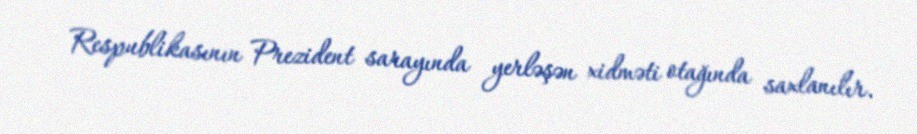
Respublikasının Prezident sarayında yerləşən xidməti otağında saxlanılır.